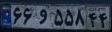
۶۶و۵۵۸۴۴